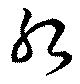
紀